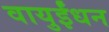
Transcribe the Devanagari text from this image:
वायुईंधन